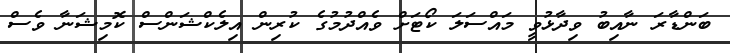
ބަންޑާރަ ނާއިބު ވިދާޅުވީ މައްސަލަ ކޯޓަށް ވެއްދުމުގެ ކުރިން އިލެކްޝަންސް ކޮމިޝަނާ ވެސް